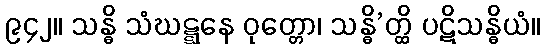
၉၄၂။ သန္ဓိ သံဃဋ္ဋနေ ဝုတ္တော၊ သန္ဓိ’တ္ထိ ပဋိသန္ဓိယံ။